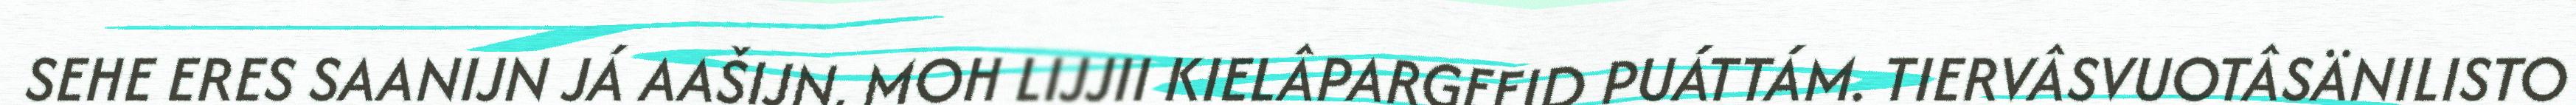
SEHE ERES SAANIJN JÁ AAŠIJN, MOH LIJJII KIELÂPARGEEID PUÁTTÁM. TIERVÂSVUOTÂSÄNILISTO